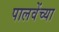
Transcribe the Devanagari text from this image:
पालवेंच्या